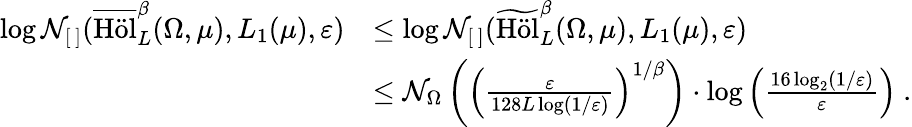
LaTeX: \begin{array}{rl}{\log\mathcal{N}_{[\, ]}(\overline{{\mathrm{H\ddot{o}l}}}_{L}^{\beta}(\Omega,\mu),L_{1}(\mu),\varepsilon)}&{\leq\log\mathcal{N}_{[\, ]}(\widetilde{\mathrm{H\ddot{o}l}}_{L}^{\beta}(\Omega,\mu),L_{1}(\mu),\varepsilon)}\\ &{\leq\mathcal{N}_{\Omega}\left(\left(\frac{\varepsilon}{128L\log(1/\varepsilon)}\right)^{1/\beta}\right)\cdot\log\left(\frac{16\log_{2}(1/\varepsilon)}{\varepsilon}\right)~.}\end{array}